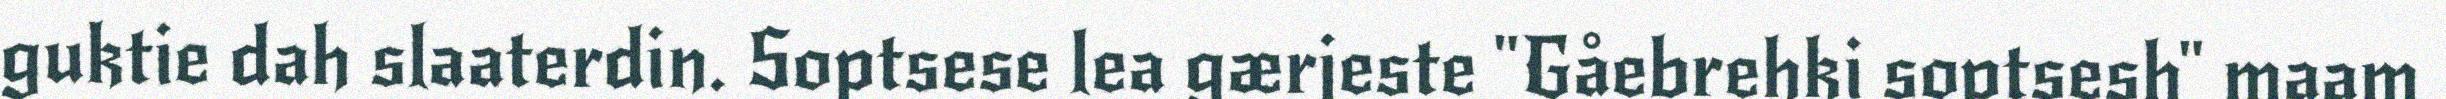
guktie dah slaaterdin. Soptsese lea gærjeste "Gåebrehki soptsesh" maam